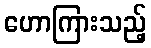
ဟောကြားသည့်